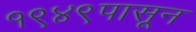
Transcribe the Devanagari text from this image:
१९४९पासून